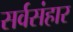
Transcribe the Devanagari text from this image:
सर्वसंहार